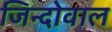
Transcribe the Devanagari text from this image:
जिन्दोवाल